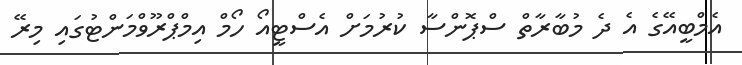
އެމްބީއޭގެ އެ ދެ މުބާރާތް ސްޕޮންސާ ކުރުމަށް އެސްޓީއޯ ހޯމް އިމްޕްރޫވްމަންޓުގައި މިރޭ